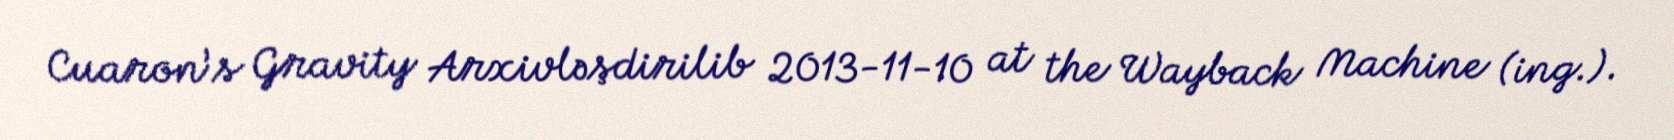
Cuaron’s Gravity Arxivləşdirilib 2013-11-10 at the Wayback Machine (ing.).